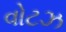
વોટઝ